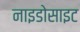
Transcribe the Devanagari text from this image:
नाइडोसाइट